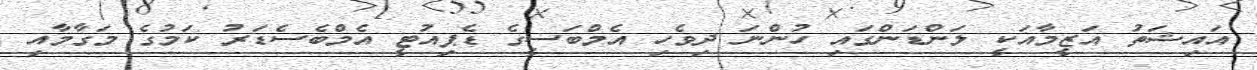
އައިޝަތު އަޒީމާއަކީ ލަންޑަންގައި ހުންނަ ދިވެހި އެމްބަސީގެ ޑެޕިއުޓީ އެމްބެސެޑަރު ކަމުގެ މަގާމާއި